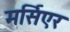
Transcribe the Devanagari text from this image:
मर्सिएर